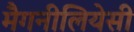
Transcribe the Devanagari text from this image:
मैगनीलियेसी